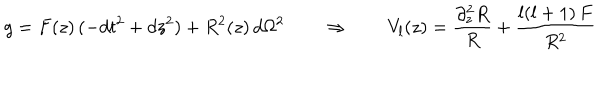
LaTeX: g = F ( z ) \, ( - d t ^ { 2 } + d z ^ { 2 } ) + R ^ { 2 } ( z ) \, d \Omega ^ { 2 } \qquad \Rightarrow \qquad V _ { l } ( z ) = \frac { \partial _ { z } ^ { 2 } R } { R } + \frac { l ( l + 1 ) \, F } { R ^ { 2 } }